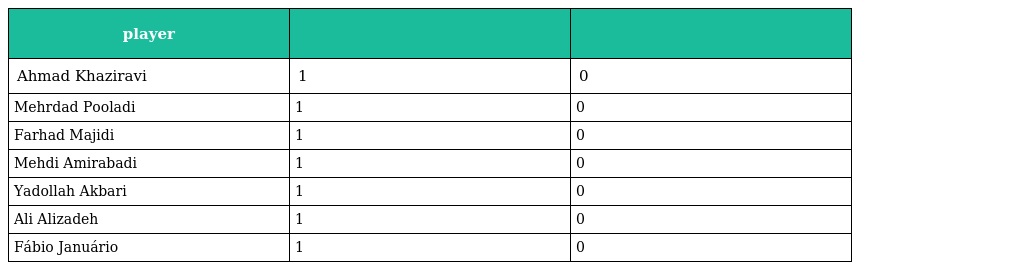
| player |  |  |
 | --- | --- | --- |
 | Ahmad Khaziravi | 1 | 0 |
 | Mehrdad Pooladi | 1 | 0 |
 | Farhad Majidi | 1 | 0 |
 | Mehdi Amirabadi | 1 | 0 |
 | Yadollah Akbari | 1 | 0 |
 | Ali Alizadeh | 1 | 0 |
 | Fábio Januário | 1 | 0 |